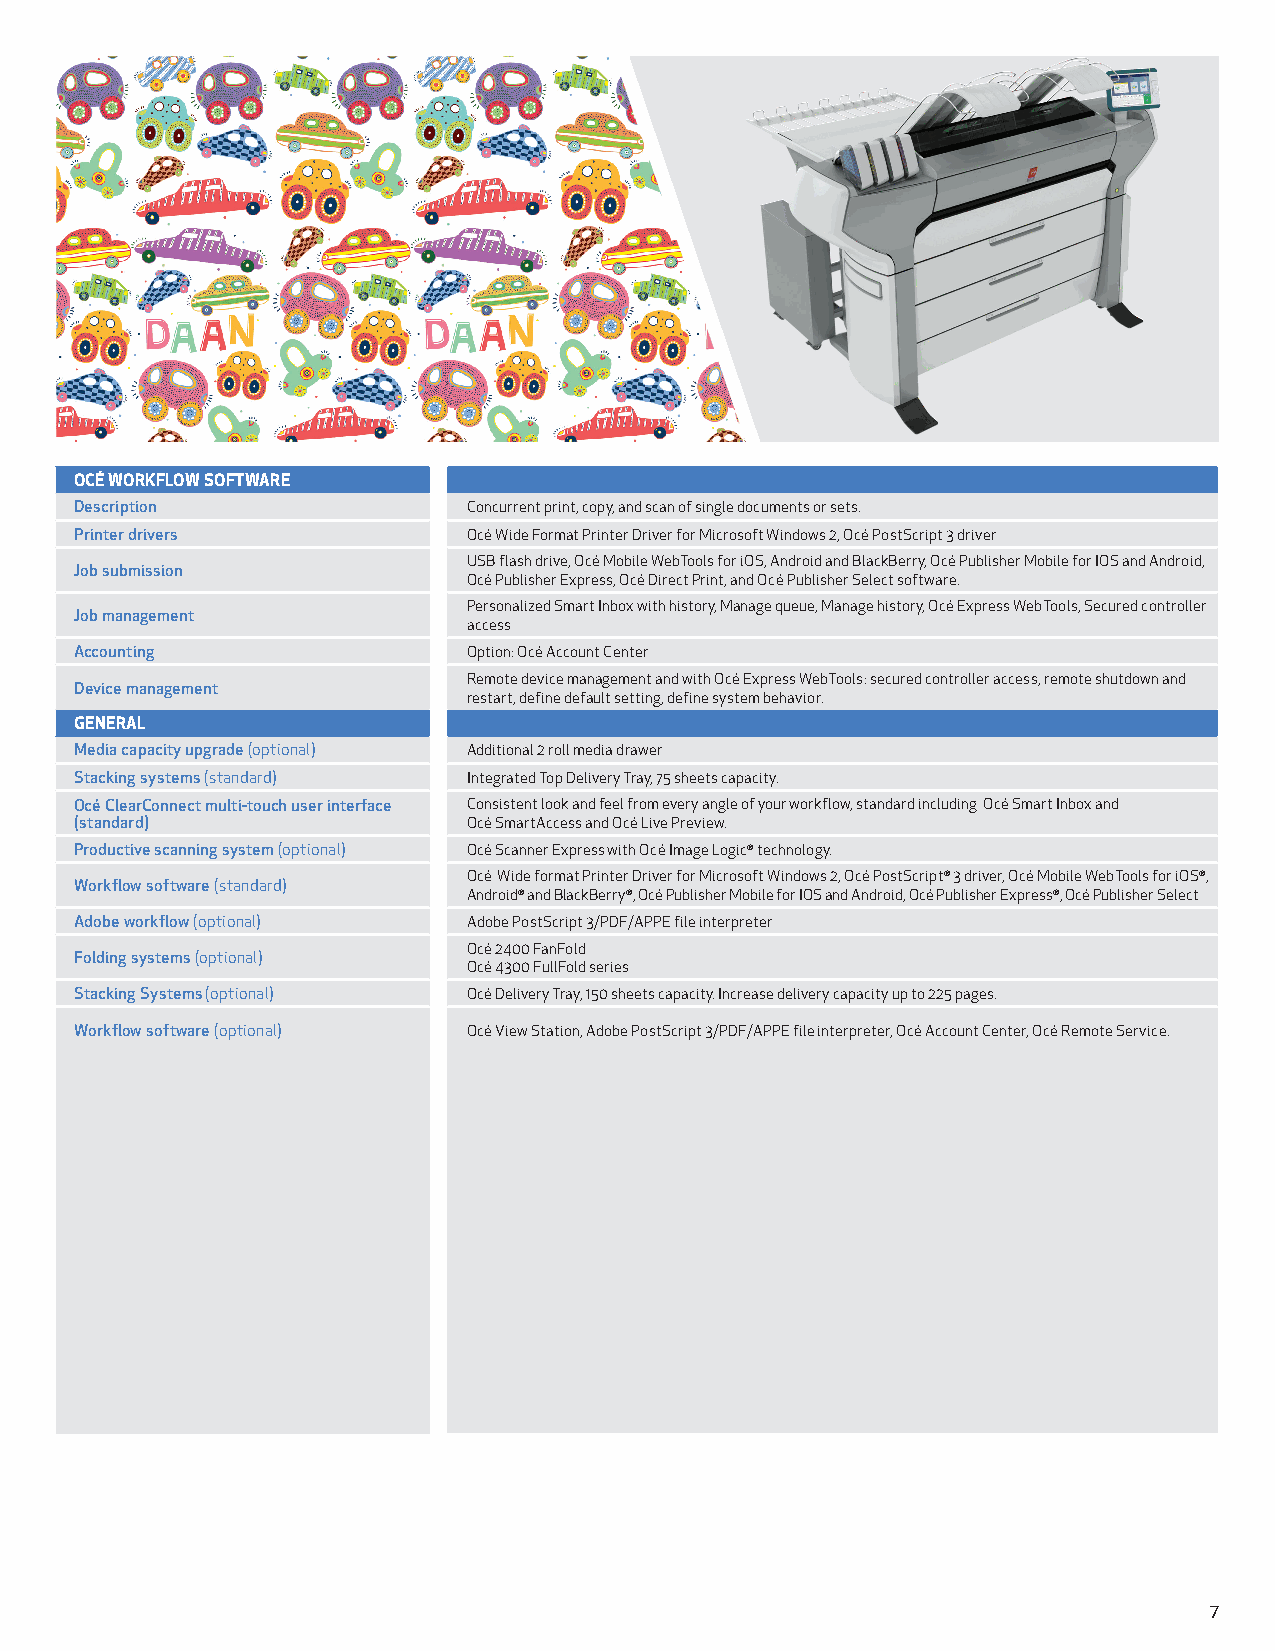
OCÉ WORKFLOW SOFTWARE
 Description               Concurrent print, copy, and scan of single documents or sets.
 Printer drivers           Océ Wide Format Printer Driver for Microsoft Windows 2, Océ PostScript 3 driver
 USB flash drive, Océ Mobile WebTools for iOS, Android and BlackBerry, Océ Publisher Mobile for IOS and Android,
 Job submission
 Océ Publisher Express, Océ Direct Print, and Océ Publisher Select software.
 Personalized Smart Inbox with history, Manage queue, Manage history, Océ Express WebTools, Secured controller
 Job management
 access
 Accounting                Option: Océ Account Center
 Remote device management and with Océ Express WebTools: secured controller access, remote shutdown and
 Device management
 restart, define default setting, define system behavior.
 GENERAL
 Media capacity upgrade (optional) Additional 2 roll media drawer
 Stacking systems (standard) Integrated Top Delivery Tray, 75 sheets capacity.
 Océ ClearConnect multi-touch user interface Consistent look and feel from every angle of your workflow, standard including Océ Smart Inbox and
 (standard)                Océ SmartAccess and Océ Live Preview.
 Productive scanning system (optional) Océ Scanner Express with Océ Image Logic® technology.
 Océ Wide format Printer Driver for Microsoft Windows 2, Océ PostScript® 3 driver, Océ Mobile WebTools for iOS®,
 Workflow software (standard)
 Android® and BlackBerry®, Océ Publisher Mobile for IOS and Android, Océ Publisher Express®, Océ Publisher Select
 Adobe workflow (optional) Adobe PostScript 3/PDF/APPE file interpreter
 Océ 2400 FanFold
 Folding systems (optional)
 Océ 4300 FullFold series
 Stacking Systems (optional) Océ Delivery Tray, 150 sheets capacity. Increase delivery capacity up to 225 pages.
 Workflow software (optional) Océ View Station, Adobe PostScript 3/PDF/APPE file interpreter, Océ Account Center, Océ Remote Service.
 7